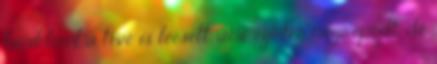
bicikliről a tévé is leesett, ami szintén megrepedt, de